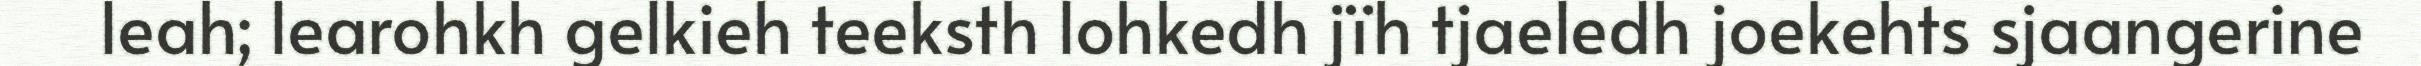
leah; learohkh gelkieh teeksth lohkedh jïh tjaeledh joekehts sjaangerine